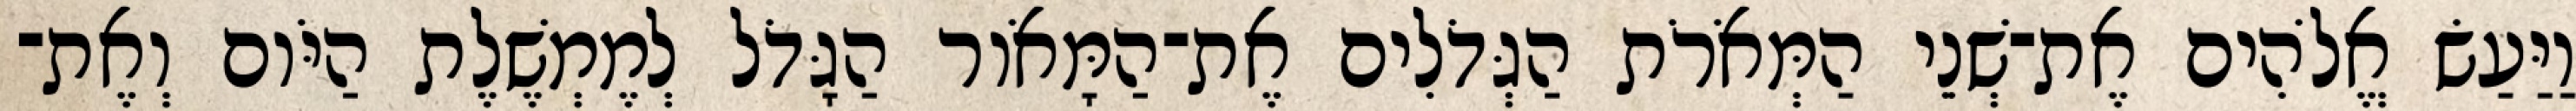
וַיַּעַשׂ אֱלֹהִים אֶת־שְׁנֵי הַמְּאֹרֹת הַגְּדֹלִים אֶת־הַמָּאֹור הַגָּדֹל לְמֶמְשֶׁלֶת הַיֹּום וְאֶת־